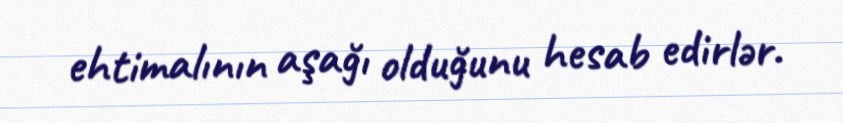
ehtimalının aşağı olduğunu hesab edirlər.